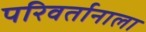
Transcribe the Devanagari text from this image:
परिवर्तानाला